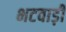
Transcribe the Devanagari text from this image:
भटवाड़ी